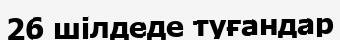
26 шілдеде туғандар